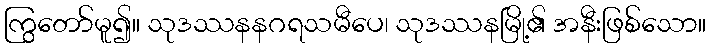
ကြွတော်မူ၍။ သုဒဿနနဂရသမီပေ၊ သုဒဿနမြို့၏ အနီးဖြစ်သော။